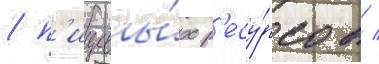
/ п'ищевы́х р'есу́рсов /